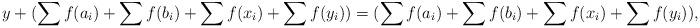
LaTeX: \begin{align*}y+ ( \sum f(a_i) + \sum f(b_i) + \sum f(x_i) + \sum f(y_i))=( \sum f(a_i) + \sum f(b_i) + \sum f(x_i) + \sum f(y_i)),\end{align*}